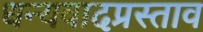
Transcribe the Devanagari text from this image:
धन्यवादप्रस्ताव